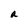
Character: a